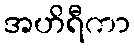
အဟိရီကာ